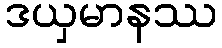
ဒယှမာနဿ